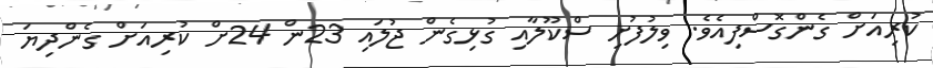
ކުރިއަށް ގެެންގޮސްފިއެވެ. ވިލުފުށި ސްކޫލާއި ގުޅިގެން ޖުލައި 23ން 24ށް ކުރިއަށް ގެންދިޔަ